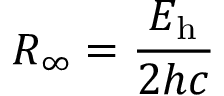
R _ { \infty } = { \frac { E _ { \mathrm { h } } } { 2 h c } }